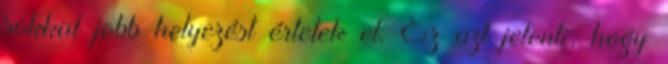
sokkal jobb helyezést értetek el. Ez azt jelenti, hogy